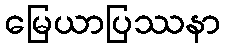
မြေယာပြဿနာ